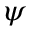
\psi